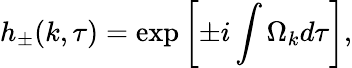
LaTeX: h_{\pm}(k,\tau)=\exp{\biggl[\pm i\int\Omega_{k}d\tau\biggr]},